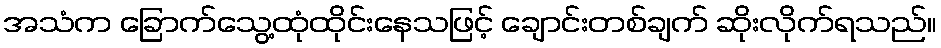
အသံက ခြောက်သွေ့ထုံထိုင်းနေသဖြင့် ချောင်းတစ်ချက် ဆိုးလိုက်ရသည်။